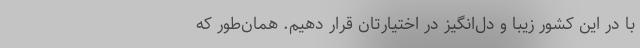
با در این کشور زیبا و دل‌انگیز در اختیارتان قرار دهیم. همان‌طور که